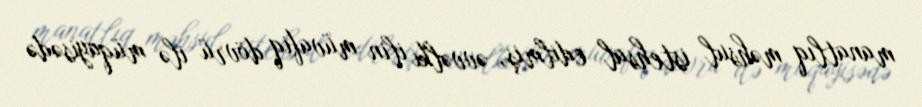
manatlıq məhsul istehsal edilmiş, əvvəlki ilin müvafiq dövrü ilə müqayisədə